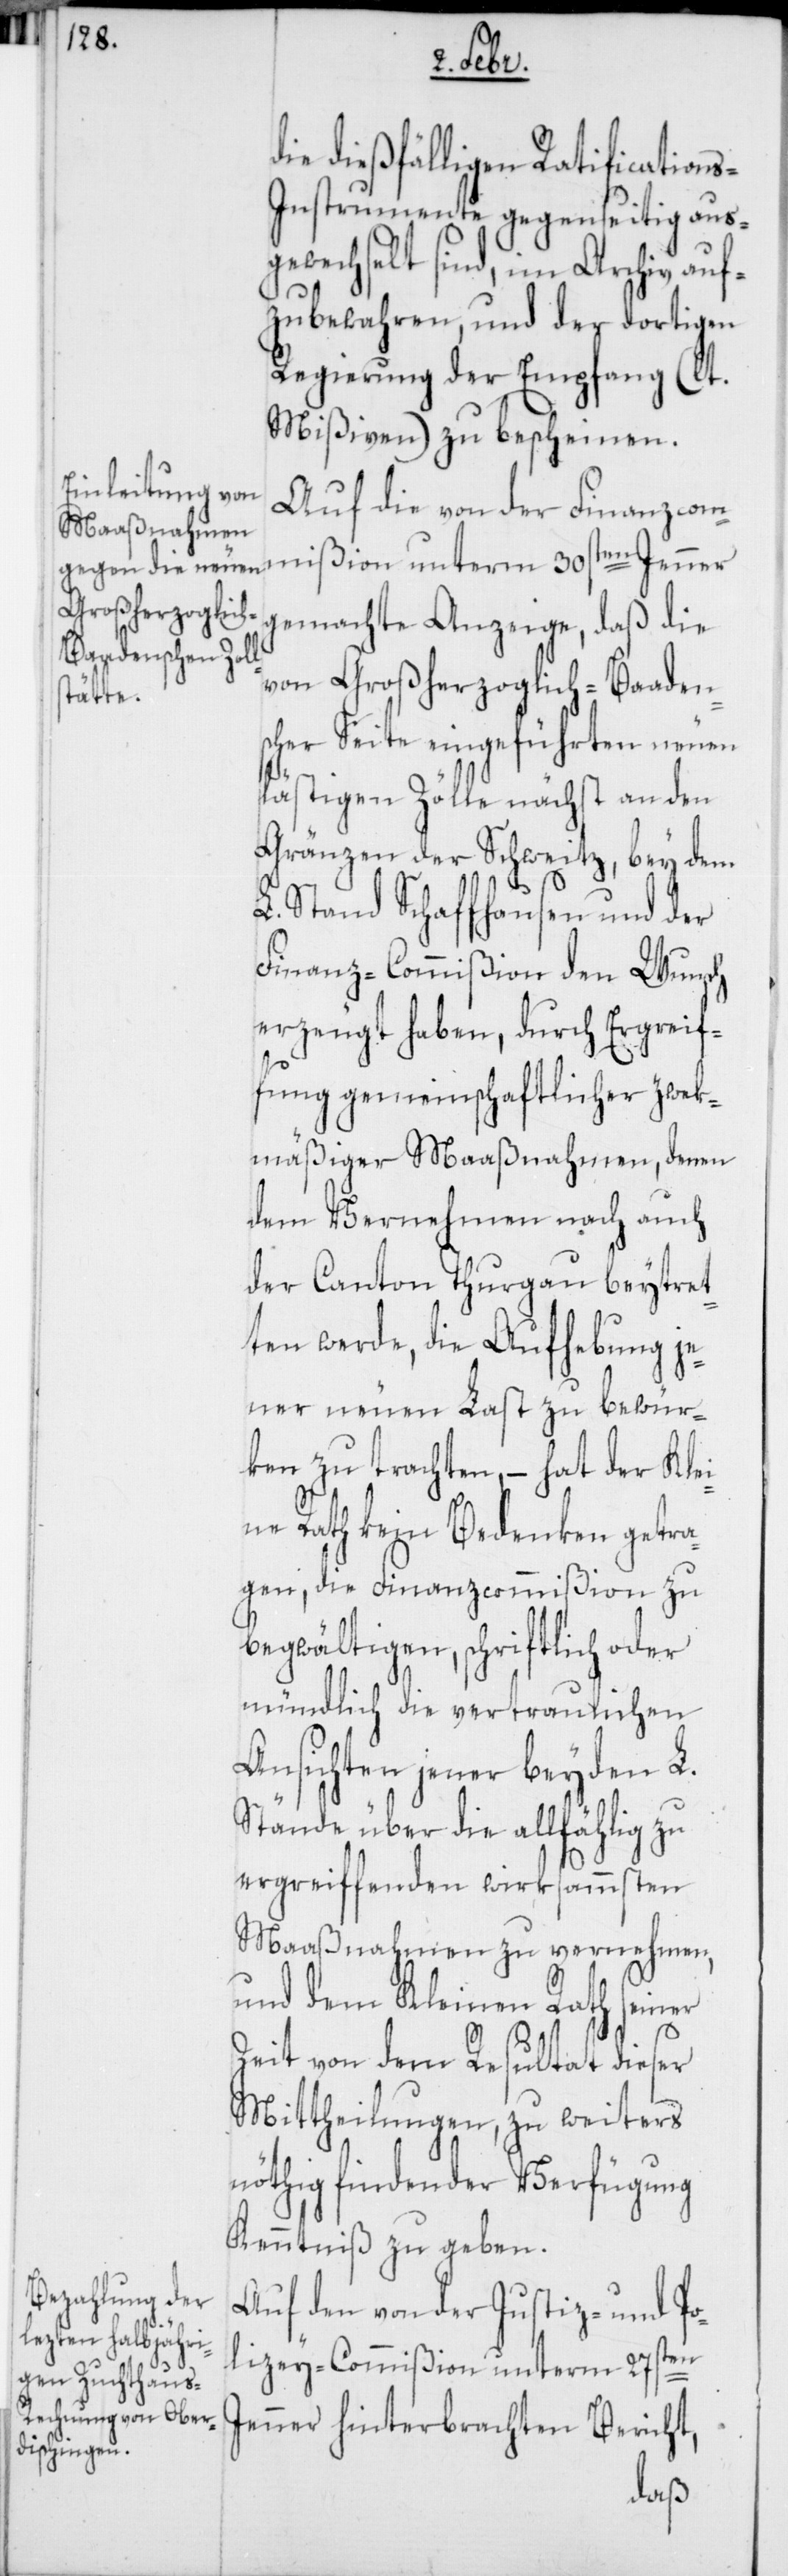
die dießfälligen Ratification¬
s-Instrumente gegenseitig aus¬
gewechselt sind, im Archiv auf¬
zubewahren, und der dortigen
Regierung der Empfang (lt.
Mißiven) zu bescheinen.
Auf die von der Finanzcom¬
mißion unterm 30sten Jenner
gemachte Anzeige, daß die
von Großherzoglich-Baadens¬
cher Seite eingeführten neuen
lästigen Zölle nächst an den
Gränzen der Schweitz, bey dem
L. Stand Schaffhausen und der
Finanz-Commißion den Wunsch
erzeugt haben, durch Ergrei¬
fung gemeinschaftlicher zwek¬
mäßiger Maaßnahmen, denen
dem Vernehmen nach auch
der Canton Thurgau beytret¬
ten werde, die Aufhebung je¬
ner neuen Last zu bewür¬
ken zu trachten, – hat der Klei¬
ne Rath kein Bedenken getra¬
gen, die Finanzcommißion zu
begwältigen, schriftlich oder
mündlich die vertraulichen
Ansichten jener beyden L.
Stände über die allfählig zu
ergreiffenden wirksammsten
Maaßnahmen zu vernehmen,
und dem Kleinen Rath seiner
Zeit von dem Resultat dieser
Mittheilungen, zu weiters
nöthig findender Verfügung
Kenntniß zu geben.
Auf den von der Justiz- und Po¬
lizey-Commißion unterm 27sten
Jenner hinterbrachten Bericht,